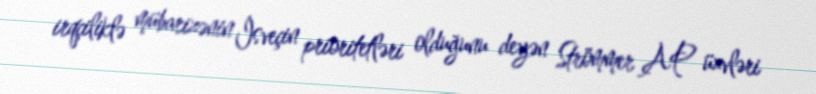
irqçiliklə mübarizənin İsveçin prioritetləri olduğunu deyən Strömmer AP üzvləri